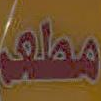
مطعم